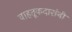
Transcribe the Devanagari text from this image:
वाहतूकदारांनी